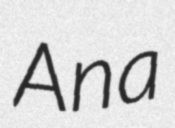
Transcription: Ana